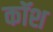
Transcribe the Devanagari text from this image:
कॉश